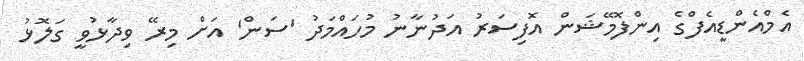
އެމްއެންޑީއެފްގެ އިންފޮމޭޝަން އޮފިސަރު އަދުނާނު މުހައްމަދު 'ސަން' އަށް މިރޭ ވިދާޅުވީ ގަލޮޅު